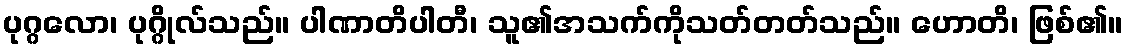
ပုဂ္ဂလော၊ ပုဂ္ဂိုလ်သည်။ ပါဏာတိပါတီ၊ သူ၏အသက်ကိုသတ်တတ်သည်။ ဟောတိ၊ ဖြစ်၏။